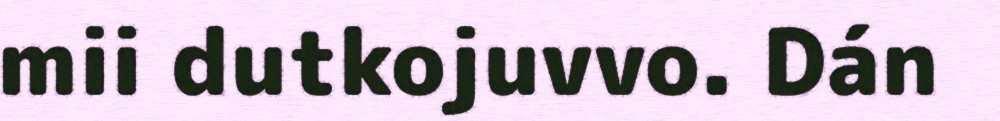
mii dutkojuvvo. Dán